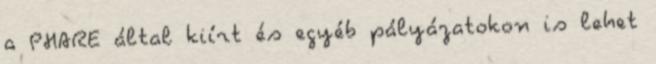
a PHARE által kiírt és egyéb pályázatokon is lehet